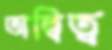
অদ্বিত্ব